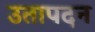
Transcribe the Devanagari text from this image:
उतापदन